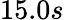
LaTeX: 15.0s